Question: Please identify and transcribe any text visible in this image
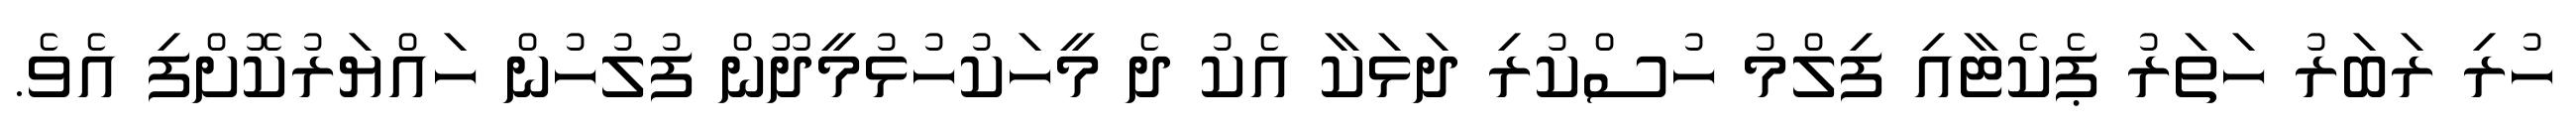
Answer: ހުރި ރަބަރު ހަތަރު ޕެކެޓާއި ފިލްމު ހުސްކުރި ދަޅަކާ އެކު ދެ މީހަކުހުޅުމީދޫން ފުލުހުން ހައްޔަރުކޮށްފި އެވެ.